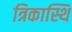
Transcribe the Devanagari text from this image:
त्रिकास्थि